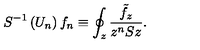
S ^ { - 1 } \left( U _ { n } \right) f _ { n } \equiv \oint _ { z } \frac { \tilde { f } _ { z } } { z ^ { n } S z } .